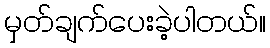
မှတ်ချက်ပေးခဲ့ပါတယ်။